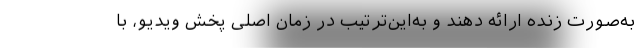
به‌صورت زنده ارائه دهند و به‌این‌ترتیب در زمان اصلی پخش ویدیو، با